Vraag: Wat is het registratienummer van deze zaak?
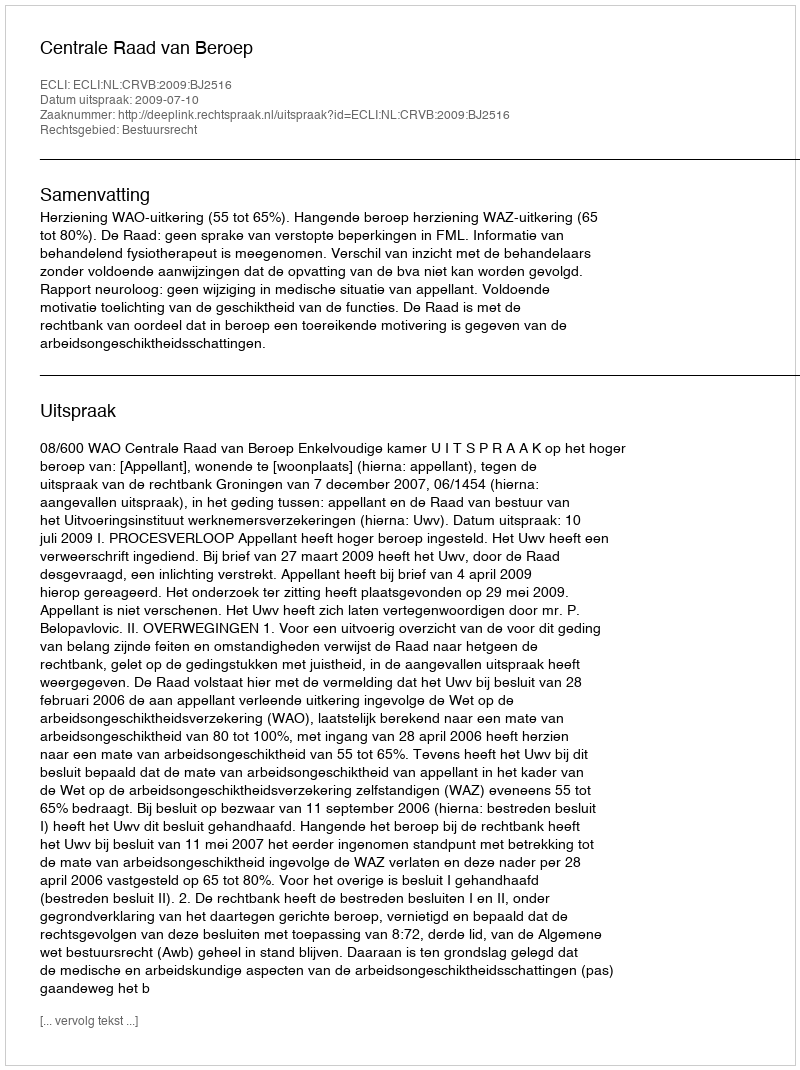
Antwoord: http://deeplink.rechtspraak.nl/uitspraak?id=ECLI:NL:CRVB:2009:BJ2516